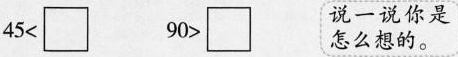
$$4 5 < \Box$$ $$9 0 > \Box$$ 说一说你是怎么想的。